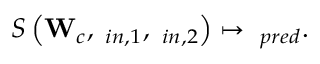
S \left( \mathbf { W } _ { c } , \mathbf { \varphi } _ { i n , 1 } , \mathbf { \varphi } _ { i n , 2 } \right) \mapsto \mathbf { \varphi } _ { p r e d } .